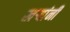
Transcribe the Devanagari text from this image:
खऱ्यांनी